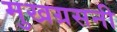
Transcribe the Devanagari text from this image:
मुखग्रसनी